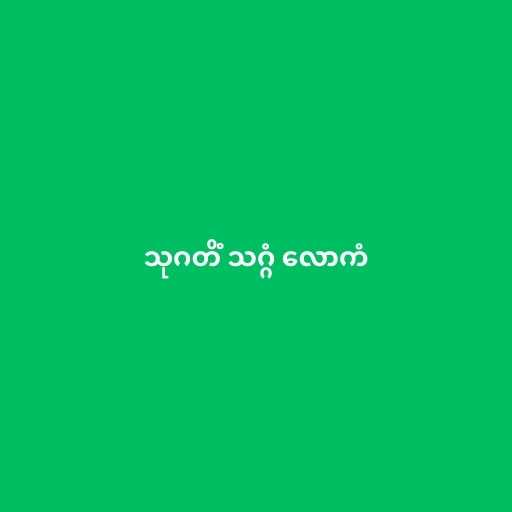
သုဂတိံ သဂ္ဂံ လောကံ